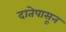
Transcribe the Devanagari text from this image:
दातेपासून